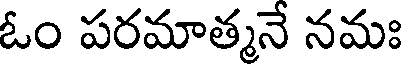
ఓం పరమాత్మనే నమః